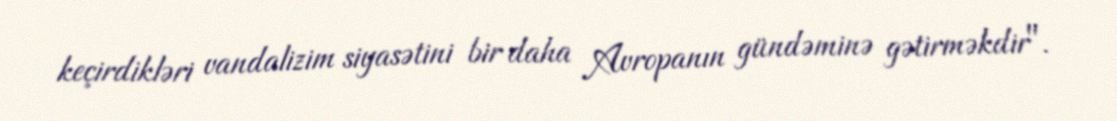
keçirdikləri vandalizim siyasətini bir daha Avropanın gündəminə gətirməkdir".